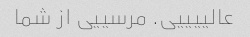
عالییییی. مرسییی از شما